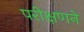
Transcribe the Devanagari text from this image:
परीक्षणने